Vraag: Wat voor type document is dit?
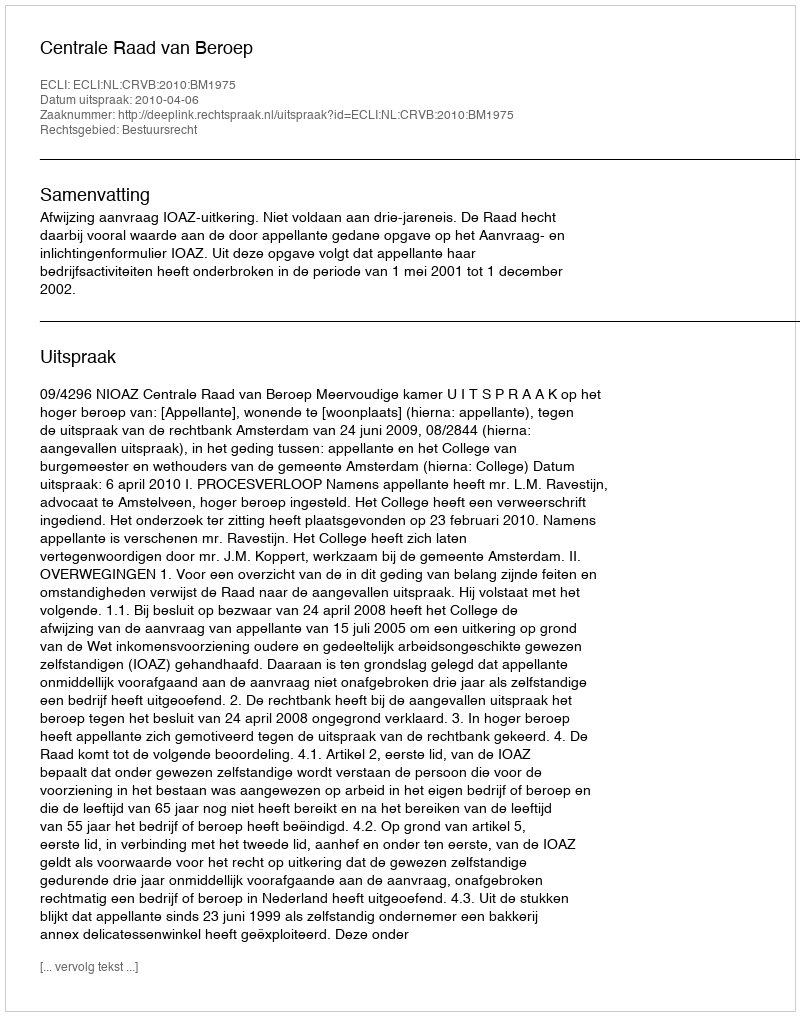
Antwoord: Uitspraak